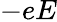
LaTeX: -eE